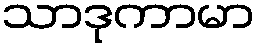
သာဒုကာမာ